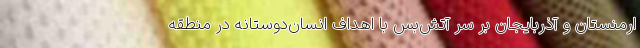
ارمنستان و آذربایجان بر سر آتش‌بس با اهداف انسان‌دوستانه در منطقه